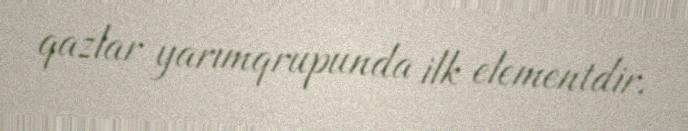
qazlar yarımqrupunda ilk elementdir.